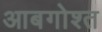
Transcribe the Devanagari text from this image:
आबगोश्त